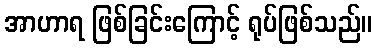
အာဟာရ ဖြစ်ခြင်းကြောင့် ရုပ်ဖြစ်သည်။